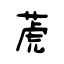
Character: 萀